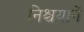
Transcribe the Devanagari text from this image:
निश्चयानें